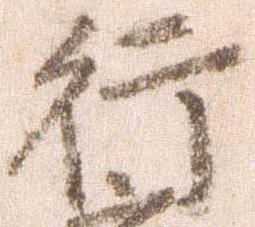
行